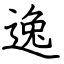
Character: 逸